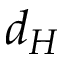
d _ { H }